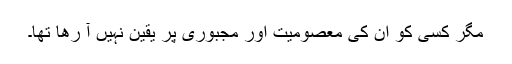
مگر کسی کو ان کی معصومیت اور مجبوری پر یقین نہیں آ رھا تھا۔